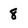
Character: 8